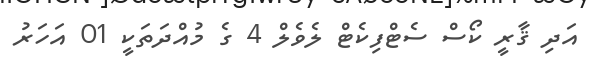
އަދި ޤާރީ ކޯސް ސެޓްފިކެޓް ލެވެލް 4 ގެ މުއްދަތަކީ 01 އަހަރު